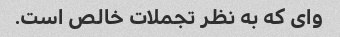
وای که به نظر تجملات خالص است.